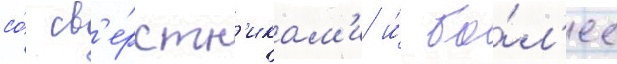
со́ св'е́рстн'икам'и и́ бо́л'ее